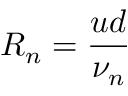
{ \cal R } _ { n } = \frac { u d } { \nu _ { n } }